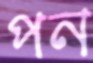
পন